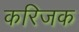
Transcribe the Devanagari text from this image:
करिजक